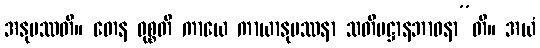
အနုပဿတိ။ တေန ဝုစ္စတိ ကာယေ ကာယာနုပဿနာ သတိပဋ္ဌာနဘာဝနာ”တိ။ အယံ